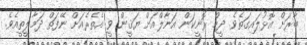
ބާރަށް އޮޅުލައިގަތެވެ. ދީމް ރޮނީކަން އަނާލްއަށް ޔަޤީން ވީ އެތެރެއަށް ނޭފަތް ދަމާލީތީއެވެ.